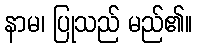
နာမ၊ ပြုသည် မည်၏။